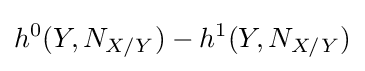
h^{0}(Y,N_{X/Y})-h^{1}(Y,N_{X/Y})